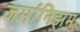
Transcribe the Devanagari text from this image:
जर्मानिझम